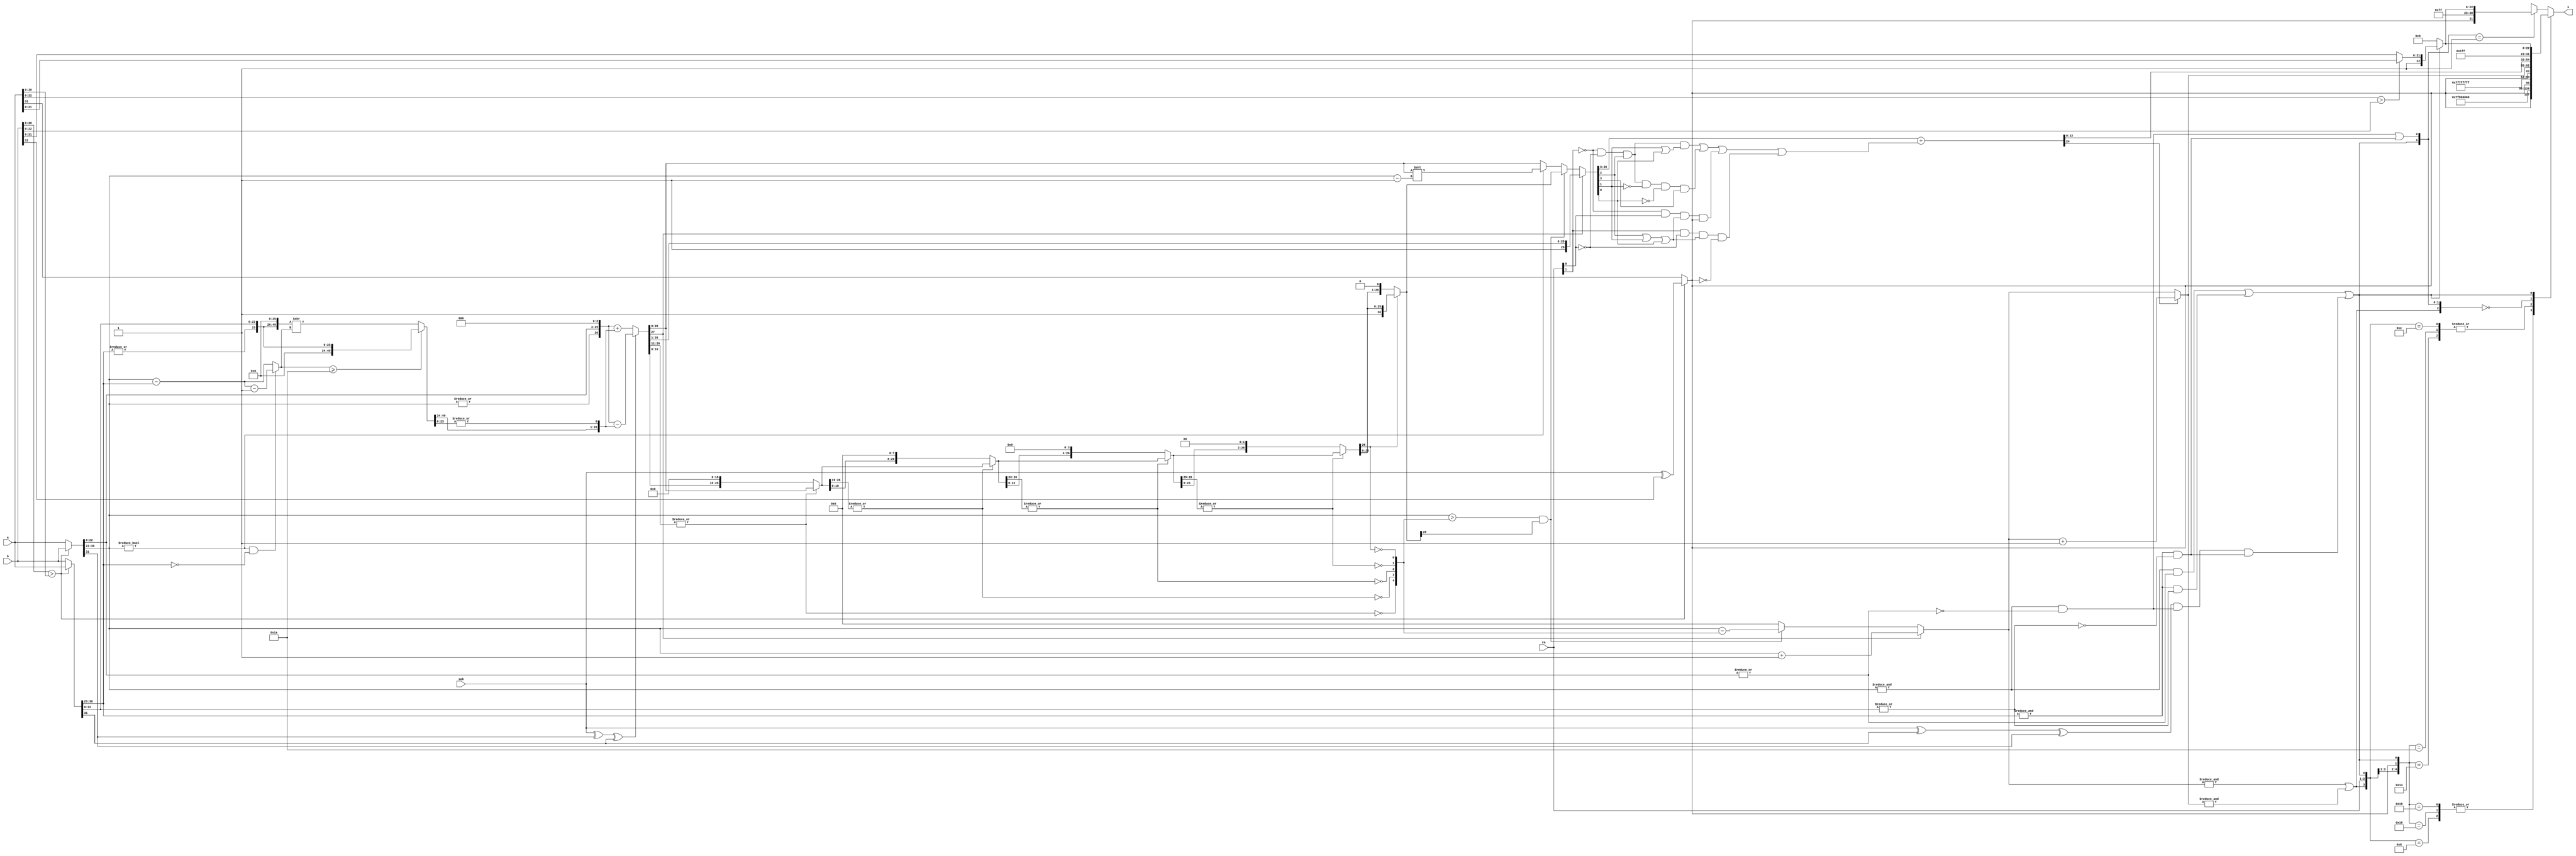
/************************************************
  The Verilog HDL code example is from the book
  Computer Principles and Design in Verilog HDL
  by Yamin Li, published by A JOHN WILEY & SONS
************************************************/
module fadder (a,b,sub,rm,s);                              // fadder
    input  [31:0] a,b;                                     // fp a and b
    input   [1:0] rm;                                      // round mode
    input         sub;                                     // 1: sub; 0: add
    output [31:0] s;                                       // fp output
    wire          exchange = ({1'b0,b[30:0]} > {1'b0,a[30:0]});
    wire   [31:0] fp_large = exchange? b : a;
    wire   [31:0] fp_small = exchange? a : b;
    wire          fp_large_hidden_bit = |fp_large[30:23];
    wire          fp_small_hidden_bit = |fp_small[30:23];
    wire   [23:0] large_frac24 = {fp_large_hidden_bit,fp_large[22:0]};
    wire   [23:0] small_frac24 = {fp_small_hidden_bit,fp_small[22:0]};
    wire    [7:0] temp_exp = fp_large[30:23];
    wire          sign = exchange? sub ^ b[31] : a[31];  
    wire          op_sub = sub ^ fp_large[31] ^ fp_small[31];
    wire          fp_large_expo_is_ff =  &fp_large[30:23]; // exp == 0xff
    wire          fp_small_expo_is_ff =  &fp_small[30:23];
    wire          fp_large_frac_is_00 = ~|fp_large[22:0];  // frac == 0x0
    wire          fp_small_frac_is_00 = ~|fp_small[22:0];
    wire          fp_large_is_inf=fp_large_expo_is_ff & fp_large_frac_is_00;
    wire          fp_small_is_inf=fp_small_expo_is_ff & fp_small_frac_is_00;
    wire          fp_large_is_nan=fp_large_expo_is_ff &~fp_large_frac_is_00;
    wire          fp_small_is_nan=fp_small_expo_is_ff &~fp_small_frac_is_00;
    wire          s_is_inf = fp_large_is_inf | fp_small_is_inf;
    wire          s_is_nan = fp_large_is_nan | fp_small_is_nan |
                             ((sub ^ fp_small[31] ^ fp_large[31]) &
                             fp_large_is_inf & fp_small_is_inf);
    wire   [22:0] nan_frac = ({1'b0,a[22:0]} > {1'b0,b[22:0]}) ?
                              {1'b1,a[21:0]} : {1'b1,b[21:0]};
    wire   [22:0] inf_nan_frac = s_is_nan? nan_frac : 23'h0;
    wire    [7:0] exp_diff = fp_large[30:23] - fp_small[30:23];
    wire          small_den_only = (fp_large[30:23] != 0) &
                                   (fp_small[30:23] == 0);
    wire    [7:0] shift_amount = small_den_only? exp_diff - 8'h1 : exp_diff;
    wire   [49:0] small_frac50 = (shift_amount >= 26)?
                  {26'h0,small_frac24} :
                  {small_frac24,26'h0} >> shift_amount;
    wire   [26:0] small_frac27 = {small_frac50[49:24],|small_frac50[23:0]};
    wire   [27:0] aligned_large_frac = {1'b0,large_frac24,3'b000};
    wire   [27:0] aligned_small_frac = {1'b0,small_frac27};
    wire   [27:0] cal_frac = op_sub?
                  aligned_large_frac - aligned_small_frac :
                  aligned_large_frac + aligned_small_frac;
    wire   [26:0] f4,f3,f2,f1,f0;
    wire    [4:0] zeros;
    assign        zeros[4] = ~|cal_frac[26:11];            // 16-bit 0
    assign        f4 = zeros[4]? {cal_frac[10:0],16'b0} : cal_frac[26:0];
    assign        zeros[3] = ~|f4[26:19];                  //  8-bit 0
    assign        f3 = zeros[3]? {f4[18:0], 8'b0} : f4;
    assign        zeros[2] = ~|f3[26:23];                  //  4-bit 0
    assign        f2 = zeros[2]? {f3[22:0], 4'b0} : f3;
    assign        zeros[1] = ~|f2[26:25];                  //  2-bit 0
    assign        f1 = zeros[1]? {f2[24:0], 2'b0} : f2;
    assign        zeros[0] = ~f1[26];                      //  1-bit 0
    assign        f0 = zeros[0]? {f1[25:0], 1'b0} : f1;
    reg     [7:0] exp0;
    reg    [26:0] frac0;
    always @ * begin
        if (cal_frac[27]) begin            // 1x.xxxxxxxxxxxxxxxxxxxxxxx xxx
            frac0 = cal_frac[27:1];        //  1.xxxxxxxxxxxxxxxxxxxxxxx xxx
            exp0 = temp_exp + 8'h1;
        end else begin
            if ((temp_exp > zeros) && (f0[26])) begin // a normalized number
                exp0 = temp_exp - zeros;
                frac0 = f0;                //  1.xxxxxxxxxxxxxxxxxxxxxxx xxx
            end else begin                 // is a denormalized number or 0
                exp0 = 0;
                if (temp_exp != 0)         // (e - 127) = ((e - 1) - 126)
                  frac0 = cal_frac[26:0] << (temp_exp - 8'h1);
                else frac0 = cal_frac[26:0];
            end
        end
    end
    wire frac_plus_1 =                     // for rounding
         ~rm[1] & ~rm[0] &  frac0[2] & (frac0[1] |  frac0[0]) |
         ~rm[1] & ~rm[0] &  frac0[2] & ~frac0[1] & ~frac0[0]  &  frac0[3] |
         ~rm[1] &  rm[0] & (frac0[2] |  frac0[1] |  frac0[0]) &  sign |
          rm[1] & ~rm[0] & (frac0[2] |  frac0[1] |  frac0[0]) & ~sign;
    wire   [24:0] frac_round = {1'b0,frac0[26:3]} + frac_plus_1;
    wire    [7:0] exponent = frac_round[24]? exp0 + 8'h1 : exp0;
    wire          overflow = &exp0 | &exponent;
    assign s = final_result(overflow,rm,sign,s_is_nan,s_is_inf,exponent,
                            frac_round[22:0],inf_nan_frac);
    function  [31:0] final_result;
        input        overflow;
        input  [1:0] rm;
        input        sign;
        input        is_nan;
        input        is_inf;
        input  [7:0] exponent;
        input [22:0] fraction, inf_nan_frac;
        casex ({overflow,rm,sign,s_is_nan,s_is_inf})
            6'b1_00_x_0_x : final_result = {sign,8'hff,23'h000000};   // inf
            6'b1_01_0_0_x : final_result = {sign,8'hfe,23'h7fffff};   // max
            6'b1_01_1_0_x : final_result = {sign,8'hff,23'h000000};   // inf
            6'b1_10_0_0_x : final_result = {sign,8'hff,23'h000000};   // inf
            6'b1_10_1_0_x : final_result = {sign,8'hfe,23'h7fffff};   // max
            6'b1_11_x_0_x : final_result = {sign,8'hfe,23'h7fffff};   // max
            6'b0_xx_x_0_0 : final_result = {sign,exponent,fraction};  // nor
            6'bx_xx_x_1_x : final_result = {1'b1,8'hff,inf_nan_frac}; // nan
            6'bx_xx_x_0_1 : final_result = {sign,8'hff,inf_nan_frac}; // inf
            default       : final_result = {sign,8'h00,23'h000000};   // 0
        endcase
    endfunction
endmodule